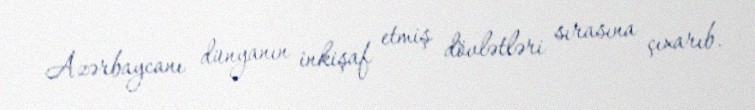
Azərbaycanı dünyanın inkişaf etmiş dövlətləri sırasına çıxarıb.